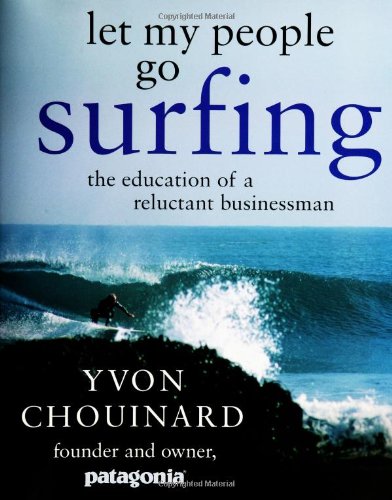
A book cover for Let My People Go Surfing: The Education of a Reluctant Businessman; Yvon Chouinard; Business & Money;